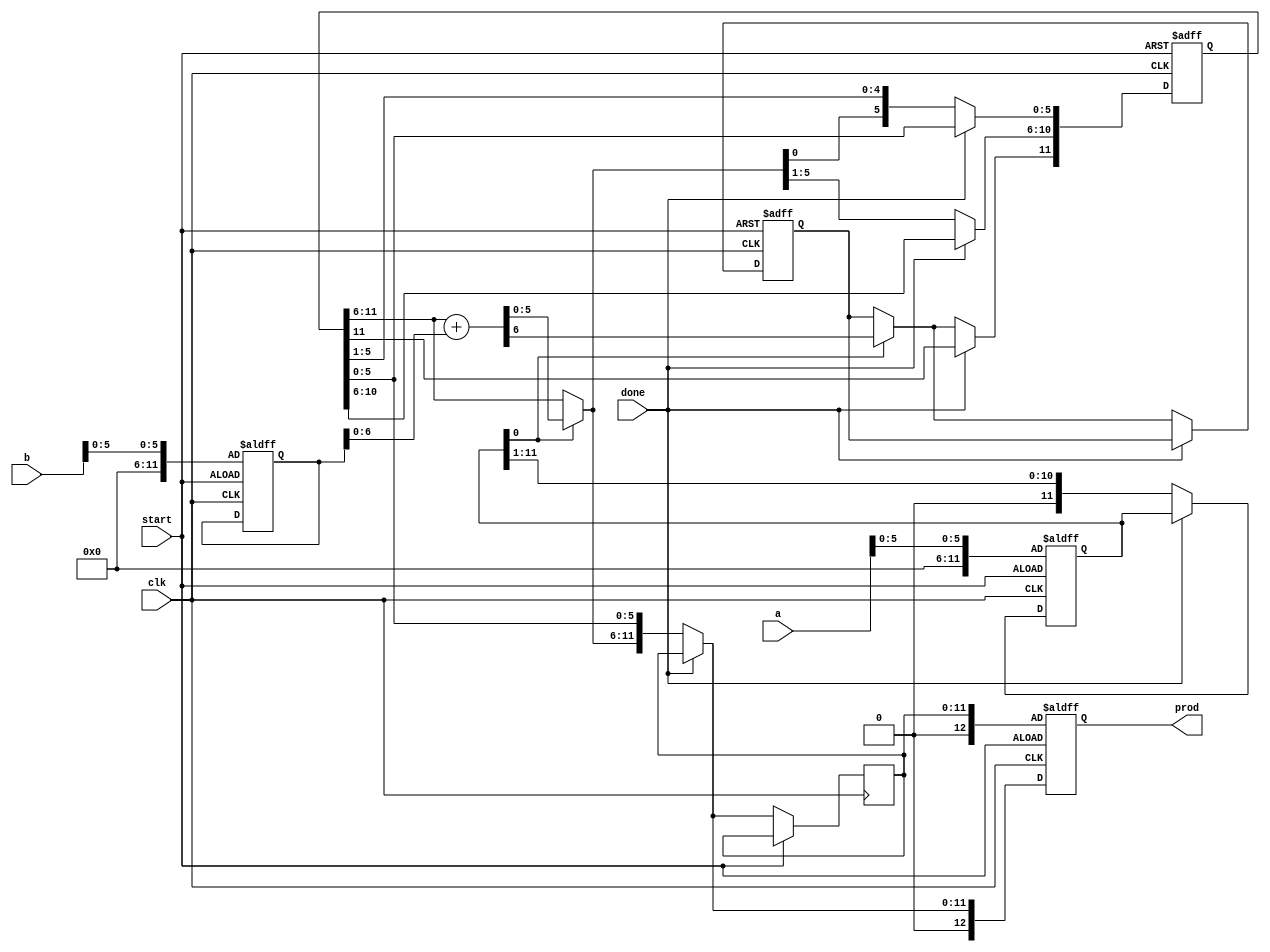
`timescale 1ns / 1ps

// SUHAS JAIN
// 19CS30048
// COA LAB TEST-2 (VERILOG)

module datapath_unit(clk, start, a, b, done, prod);

    input clk, start, done; 
    input [6:0] a, b; 
    output reg [12:0] prod;
    
    reg [11:0] p, temp_a, temp_b, temp_prod;
    reg carry;

    always @(posedge clk or posedge start) begin
        if(start == 1'b0) begin
            if(done == 1'b0) begin
                carry <= 0;
                if(temp_a[0] == 1'b1)
                    {carry, p[11:6]} = p[11:6] + temp_b;
                if(done == 1'b0) begin
                    temp_a <= temp_a >> 1;
                    temp_prod = p;
                    p[11] <= carry;
                    p[10:0] <= p[11:1];
                    temp_prod = p;
                end
            end
        end
        else begin
            temp_a <= a[5:0];
            temp_b <= b[5:0];
            p <= 0;
            carry <= 0;
        end
        prod[12] <= 1'b0;
        prod[11:0] <= temp_prod;
    end

endmodule